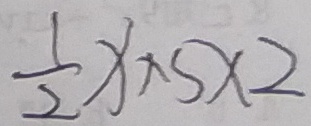
\frac { 1 } { 2 } x \times 5 \times 2